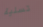
تسلية